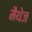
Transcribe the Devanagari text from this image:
मैथेज